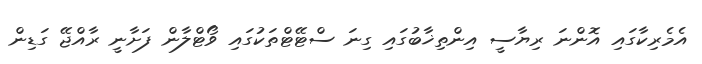
އެމެރިކާގައި އޮންނަ ރިޔާސީ އިންތިޚާބުގައި ގިނަ ސްޓޭޓްތަކުގައި ވޯޓްލާން ފަށާނީ ރާއްޖޭ ގަޑިން